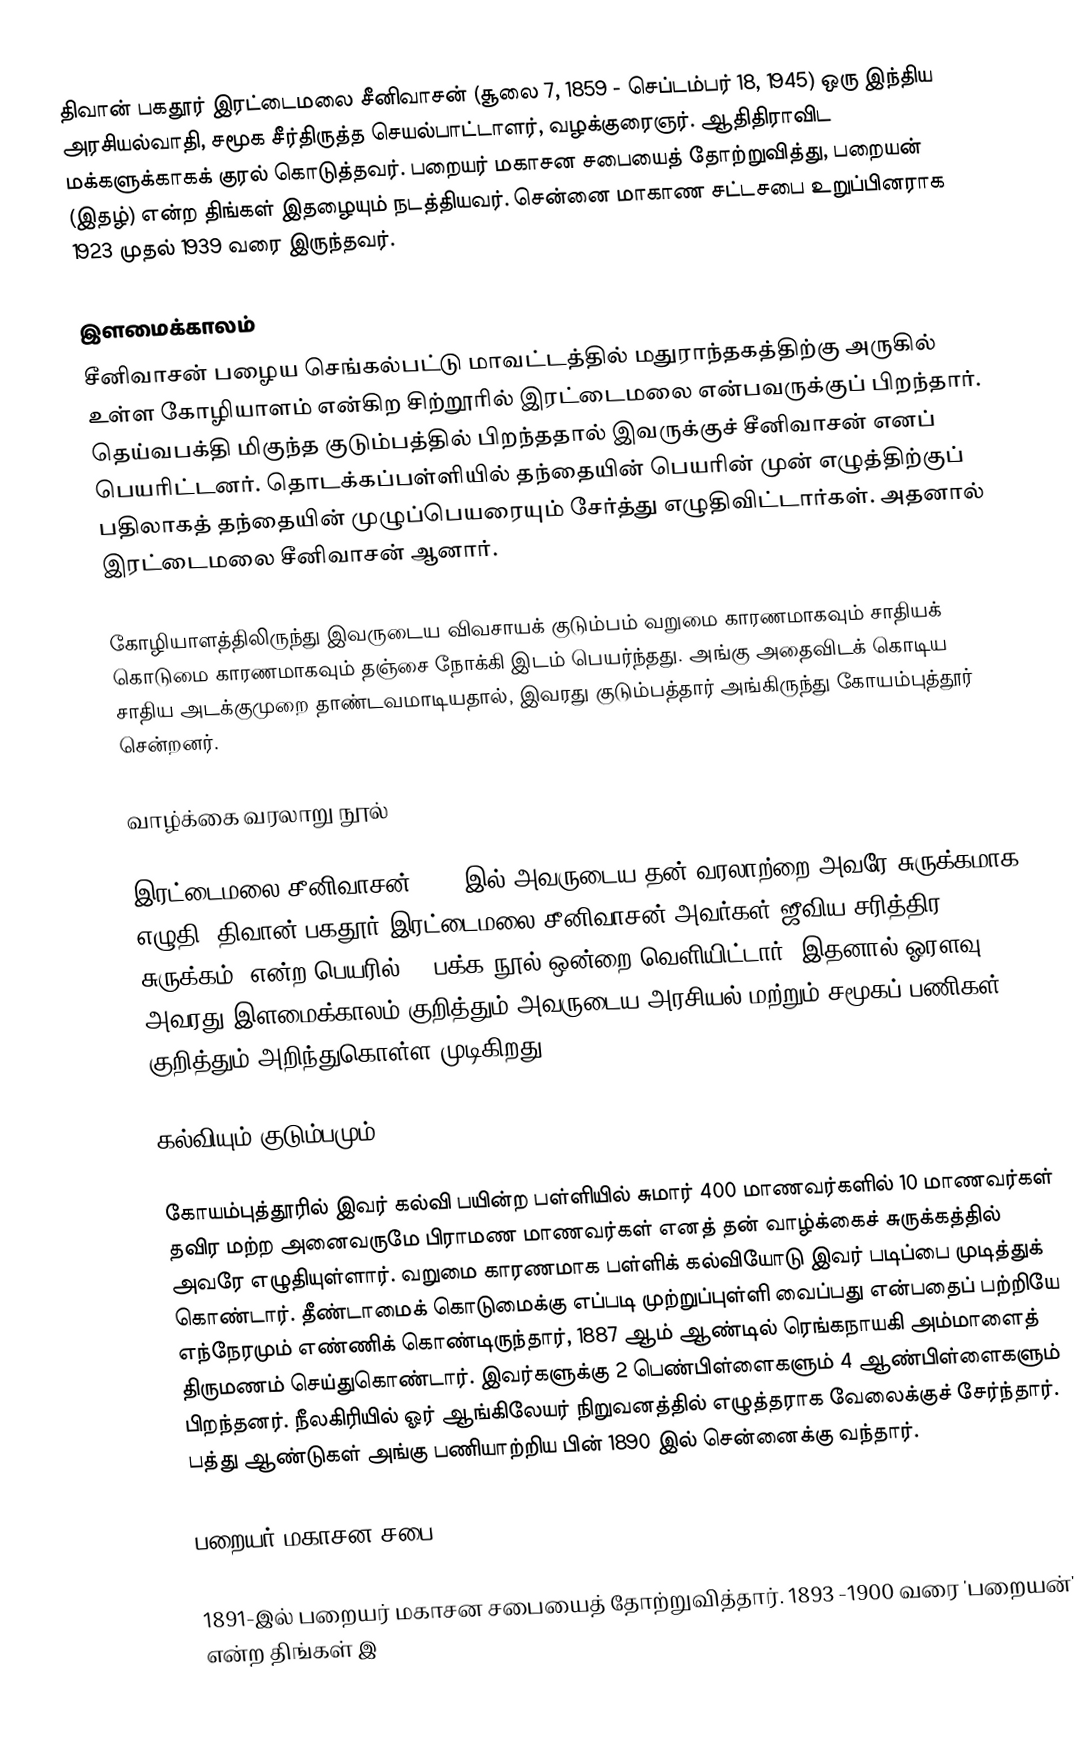
திவான் பகதூர் இரட்டைமலை சீனிவாசன் (சூலை 7, 1859 - செப்டம்பர் 18, 1945) ஒரு இந்திய அரசியல்வாதி, சமூக சீர்திருத்த செயல்பாட்டாளர், வழக்குரைஞர். ஆதிதிராவிட மக்களுக்காகக் குரல் கொடுத்தவர். பறையர் மகாசன சபையைத் தோற்றுவித்து, பறையன் (இதழ்) என்ற திங்கள் இதழையும் நடத்தியவர். சென்னை மாகாண சட்டசபை உறுப்பினராக 1923 முதல் 1939 வரை இருந்தவர்.

இளமைக்காலம்
சீனிவாசன் பழைய செங்கல்பட்டு மாவட்டத்தில் மதுராந்தகத்திற்கு அருகில் உள்ள கோழியாளம் என்கிற சிற்றூரில் இரட்டைமலை என்பவருக்குப் பிறந்தார். தெய்வபக்தி மிகுந்த குடும்பத்தில் பிறந்ததால் இவருக்குச் சீனிவாசன் எனப் பெயரிட்டனர். தொடக்கப்பள்ளியில் தந்தையின் பெயரின் முன் எழுத்திற்குப் பதிலாகத் தந்தையின் முழுப்பெயரையும் சேர்த்து எழுதிவிட்டார்கள். அதனால் இரட்டைமலை சீனிவாசன் ஆனார்.

கோழியாளத்திலிருந்து இவருடைய விவசாயக் குடும்பம் வறுமை காரணமாகவும் சாதியக் கொடுமை காரணமாகவும் தஞ்சை நோக்கி இடம் பெயர்ந்தது. அங்கு அதைவிடக் கொடிய சாதிய அடக்குமுறை தாண்டவமாடியதால், இவரது குடும்பத்தார் அங்கிருந்து கோயம்புத்தூர் சென்றனர்.

வாழ்க்கை வரலாறு நூல்

இரட்டைமலை சீனிவாசன் 1939 இல் அவருடைய தன் வரலாற்றை அவரே சுருக்கமாக எழுதி ”திவான் பகதூர் இரட்டைமலை சீனிவாசன் அவர்கள் ஜீவிய சரித்திர சுருக்கம்” என்ற பெயரில் 30 பக்க நூல் ஒன்றை வெளியிட்டார். இதனால் ஓரளவு அவரது இளமைக்காலம் குறித்தும் அவருடைய அரசியல் மற்றும் சமூகப் பணிகள் குறித்தும் அறிந்துகொள்ள முடிகிறது.

கல்வியும் குடும்பமும்

கோயம்புத்தூரில்  இவர் கல்வி பயின்ற பள்ளியில் சுமார் 400 மாணவர்களில் 10 மாணவர்கள் தவிர மற்ற அனைவருமே பிராமண மாணவர்கள் எனத் தன் வாழ்க்கைச் சுருக்கத்தில் அவரே எழுதியுள்ளார். வறுமை காரணமாக பள்ளிக் கல்வியோடு இவர் படிப்பை முடித்துக் கொண்டார். தீண்டாமைக் கொடுமைக்கு எப்படி முற்றுப்புள்ளி வைப்பது என்பதைப் பற்றியே எந்நேரமும் எண்ணிக் கொண்டிருந்தார், 1887 ஆம் ஆண்டில் ரெங்கநாயகி அம்மாளைத் திருமணம் செய்துகொண்டார். இவர்களுக்கு 2 பெண்பிள்ளைகளும் 4 ஆண்பிள்ளைகளும் பிறந்தனர். நீலகிரியில் ஓர் ஆங்கிலேயர் நிறுவனத்தில் எழுத்தராக வேலைக்குச் சேர்ந்தார். பத்து ஆண்டுகள் அங்கு பணியாற்றிய பின் 1890 இல் சென்னைக்கு வந்தார்.

பறையர் மகாசன சபை

1891-இல் பறையர் மகாசன சபையைத் தோற்றுவித்தார். 1893 -1900 வரை 'பறையன்' என்ற திங்கள் இ